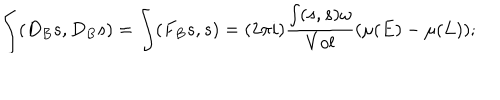
\int ( D _ { B } s , D _ { B } s ) = \int ( F _ { B } s , s ) = ( 2 \pi i ) \frac { \int ( s , s ) \omega } { V o l } ( \mu ( E ) - \mu ( L ) ) ;